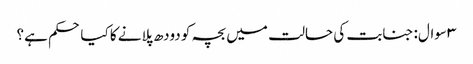
۳ سوال: جنابت کی حالت میں بچہ کو دودھ پلانے کا کیا حکم ہے؟